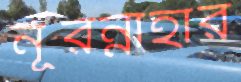
নূরন্নাহার